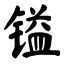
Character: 镒